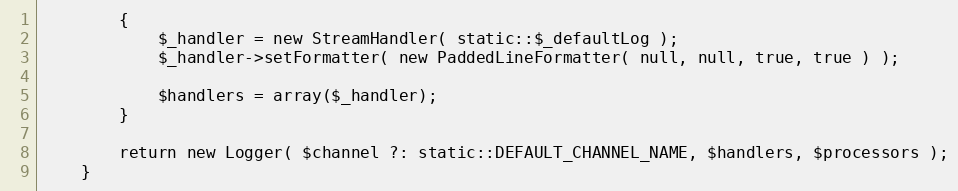
Language: PHP
        {
            $_handler = new StreamHandler( static::$_defaultLog );
            $_handler->setFormatter( new PaddedLineFormatter( null, null, true, true ) );

            $handlers = array($_handler);
        }

        return new Logger( $channel ?: static::DEFAULT_CHANNEL_NAME, $handlers, $processors );
    }